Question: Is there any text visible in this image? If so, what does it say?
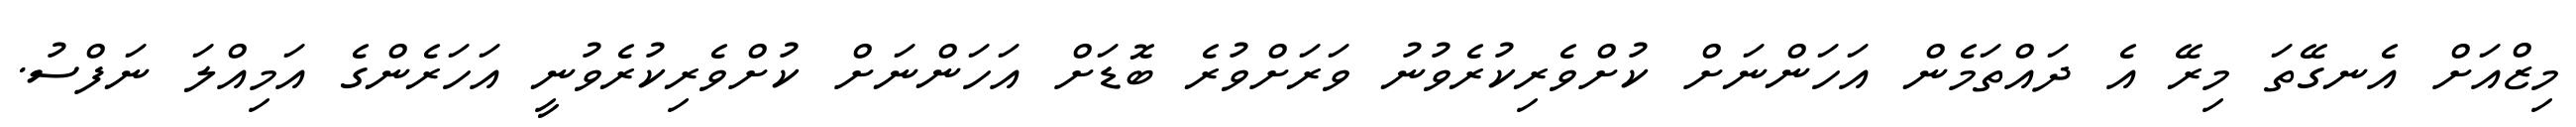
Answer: މިޒްއަށް އެނގޭތަ މިރޭ އެ ދައްތަމެން އަހަންނަށް ކުށްވެރިކުރެވުނު ވަރަށްވުރެ ބޮޑަށް އަހަންނަށް ކުށްވެރިކުރެވުނީ އަހަރެންގެ އަމިއްލަ ނަފްސު.